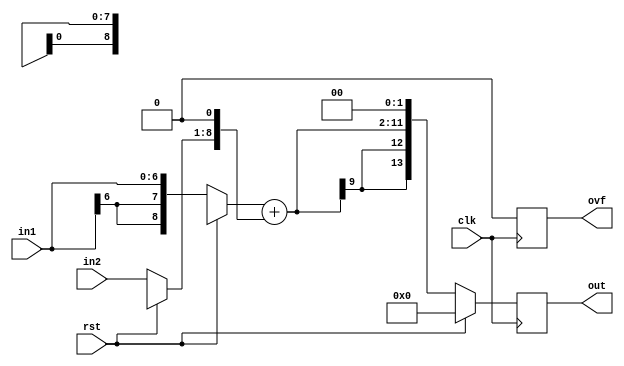
`timescale 1ns / 1ns
//////////////////////////////////////////////////////////////////////////////////
// Company: 
// Engineer: 
// 
// Design Name: 
// Module Name:    Fixed_adder 
// Project Name: 
// Target Devices: 
// Tool versions: 
// Description: 
//
// Dependencies: 
//
// Revision: 
// Revision 0.01 - File Created
// Additional Comments: 
//
//////////////////////////////////////////////////////////////////////////////////
module Fixed_adder #(parameter WI1 = 4, WF1 = 3, WI2 = 6, WF2 = 2, WIO = 9, WFO = 5) 
(   input signed [WI1+WF1-1:0]in1,
    input signed [WI2+WF2-1:0] in2,
    input rst,
    input clk,
    output reg signed [WIO+WFO-1:0] out,
    output reg ovf);
    parameter temp_WI = (WI2>WI1) ? WI2 : WI1;
    parameter temp_WF = (WF2>WF1) ? WF2 : WF1;
    reg signed [temp_WI+temp_WF:0]in1_final;
    reg signed [temp_WI+temp_WF:0]in2_final;
	 reg signed [temp_WI+temp_WF:0]out_final;
    reg signed [temp_WI-1:0]tmp;
    reg signed [temp_WI+temp_WF-1:0]in1_temp;
    reg signed [temp_WI+temp_WF-1:0]in2_temp;
    always @(posedge clk)
    begin
     if(rst)
		  begin
				 out = 0;
				 ovf = 0;
		  end
	  else
     begin
			  begin
					  if (WI1<WI2)
						  begin
								in1_temp = { {(WI2-WI1) {in1[WI1+WF1-1]} } , in1};
								in2_temp = in2;
								 $display("WI1<WI2"); 
						  end
					  else if (WI1>WI2)
						  begin
								in1_temp = in1;
								in2_temp = { { (WI1-WI2) {in2[WI2+WF2-1]} } ,in2};
								 $display("WI1>WI2"); 
						  end
					  else if (WI1==WI2)
						  begin
								 in1_temp = in1;
								 in2_temp = in2;
								  $display("WI1==WI2"); 
						  end
			  end
			  $display("in1_temp=%b",in1_temp);
			  $display("in2_temp=%b",in2_temp);
			  
			  //checking for fracional part
			  begin
				  if (WF1<WF2) begin
				  $display("WF1<WF2"); 
				  $display("First in1_temp=%b",in1_temp);
						 in1_temp = { in1_temp, {(WF2-WF1) {1'b0} } };
						 $display("Now in1_temp=%b",in1_temp);
						 end
					else if(WF2<WF1)
					$display("WF2<WF1"); 
						 in2_temp = { in2_temp, {(WF1-WF2) {1'b0} } };
				end   
				$display("After in1_temp=%b in2_emp =%b",in1_temp,in2_temp);       
			  
			  //sign exending both operands by one bit
			  in2_temp[temp_WI+temp_WF] = in2_temp[temp_WI+temp_WF-1];
			  in1_temp[temp_WI+temp_WF] = in1_temp[temp_WI+temp_WF-1];
			  $display("Finally in1_temp=%b in2_emp =%b",in1_temp,in2_temp);           
			  out_final = in1_temp + in2_temp;
				$display("out_final = %b",out_final);
			// Checking Overflow condition 1 When the WIO and WFO are greater than temp variables
			$display("temp_WI = %b",temp_WI);
			$display("temp_WF = %b",temp_WF);
			if ((WIO > (temp_WI+1)) && (WFO > (temp_WF+1)))
				begin
					$display("Condition 1"); 
					out = {{(WIO - (temp_WI+1)){out_final[temp_WI+temp_WF]}} , {out_final[temp_WI+temp_WF : 0]}};
					out = {out, {(WFO-temp_WF){1'b0}}};
					ovf = 0;
					$display("Out = %b",out); 
				end
			// Overflow Condition 2 [WIO=max(WI1,WI2), WFO=max(WF1,WF2);]
			if((WIO == temp_WI) && (WFO == temp_WF))
				begin
					$display("Condition 2"); 
					out = out_final[temp_WI+temp_WF-1 : 0];
					if ( ( in1[WI1+WF1-1] == in2[WI2+WF2-1] == ~out[WIO+WFO -1]) || (~in1[WI1+WF1-1]== ~in2[WI2+WF2 -1] == out[WIO+WFO -1]) )
						 ovf = 1; 
					else 
						 ovf = 0; 
			  end
		  else if (((WIO < temp_WI) && (WFO < temp_WF)))
			  begin
					$display("Condition 3"); 
					out = {out_final[temp_WI+temp_WF], out_final[WIO+WFO-2:temp_WF] , out_final[temp_WF:temp_WF-WFO]};
					//tmp = {{out_final[temp_WI+temp_WF]},{out_final[temp_WI+temp_WF:temp_WI+temp_WF-(temp_WI-WIO)]}};
					$display("Tmp = %b",tmp); 
				  if ( (in1[WI1+WF1-1] == in2[WI2+WF2 -1] == (&tmp) ) ||    (~in1[WI1+WF1-1]==~in2[WI2+WF2 -1]== (|tmp) ) ) 
						 ovf = 0; 
					else 
						 ovf = 1; 
			  end
     /************/
     /* //Checking for overflow
        if((WIO > (temp_WI+1)) && (WFO > (temp_WF+1)))
        begin
            out[WIO-1: WIO-temp_WI] = { temp_WI {out[temp_WI]} };
            //out[ : 0] = {  {1'b0}};
            ovf = 0;
        end    
        else if ((WIO == temp_WI) && (WFO == temp_WF)) 
        begin
            if ( ( in1[WI1+WF1-1] == in2[WI2+WF2-1] == ~out[WIO+WFO -1]) || (~in1[WI1+WF1-1]== ~in2[WI2+WF2 -1] == out[WIO+WFO -1]) )
                ovf = 1; 
            else 
                ovf = 0; 
        end
        else if ((WIO < temp_WI) && (WFO < temp_WF))
        begin
        
           // if ( (in1[WI1+WF1-1] == in2[WI2+WF2 -1] == (&tmp) ) ||    (~in1[WI1+WF1-1]==~in2[WI2+WF2 -1]== (|tmp) ) ) 
                ovf = 0; 
            else 
                ovf = 1; 
        end
        */
     end 
    end
endmodule